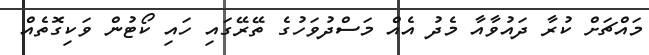
މައްޗަށް ކުރާ ދައުވާއާ މެދު އެއް މަސްދުވަހުގެ ތޭރޭގައި ހައި ކޯޓުން ވަކިގޮތެއް